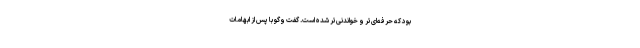
بود که حرفه‌ای‌تر و خواندنی‌تر شده است. گفت و‌گو با پس از ابهامات